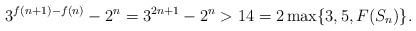
LaTeX: \begin{align*}3^{f(n+1) - f(n)} - 2^n = 3^{2n+1} - 2^n > 14 = 2 \max \{3,5, F(S_n)\}.\end{align*}